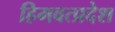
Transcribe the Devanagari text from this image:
हिमवत्प्रदेश